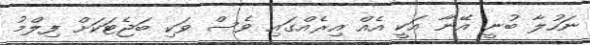
ނަހުލާ ބުނީ އޭނާ އަކީ އެއް އިރެއްގައި ވެސް ވަކި ބަޖެޓަކަށް ފިލްމު